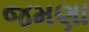
જમણા